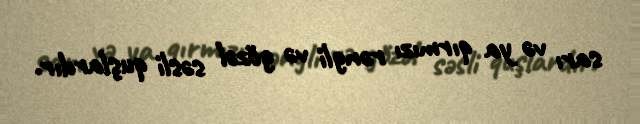
sarı və ya qırmızı rəngli və gözəl səsli quşlardır.